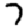
Digit: 7